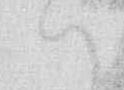
ハ